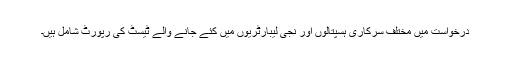
درخواست میں مختلف سرکاری ہسپتالوں اور نجی لیبارٹریوں میں کئے جانے والے ٹیسٹ کی رپورٹ شامل ہیں۔